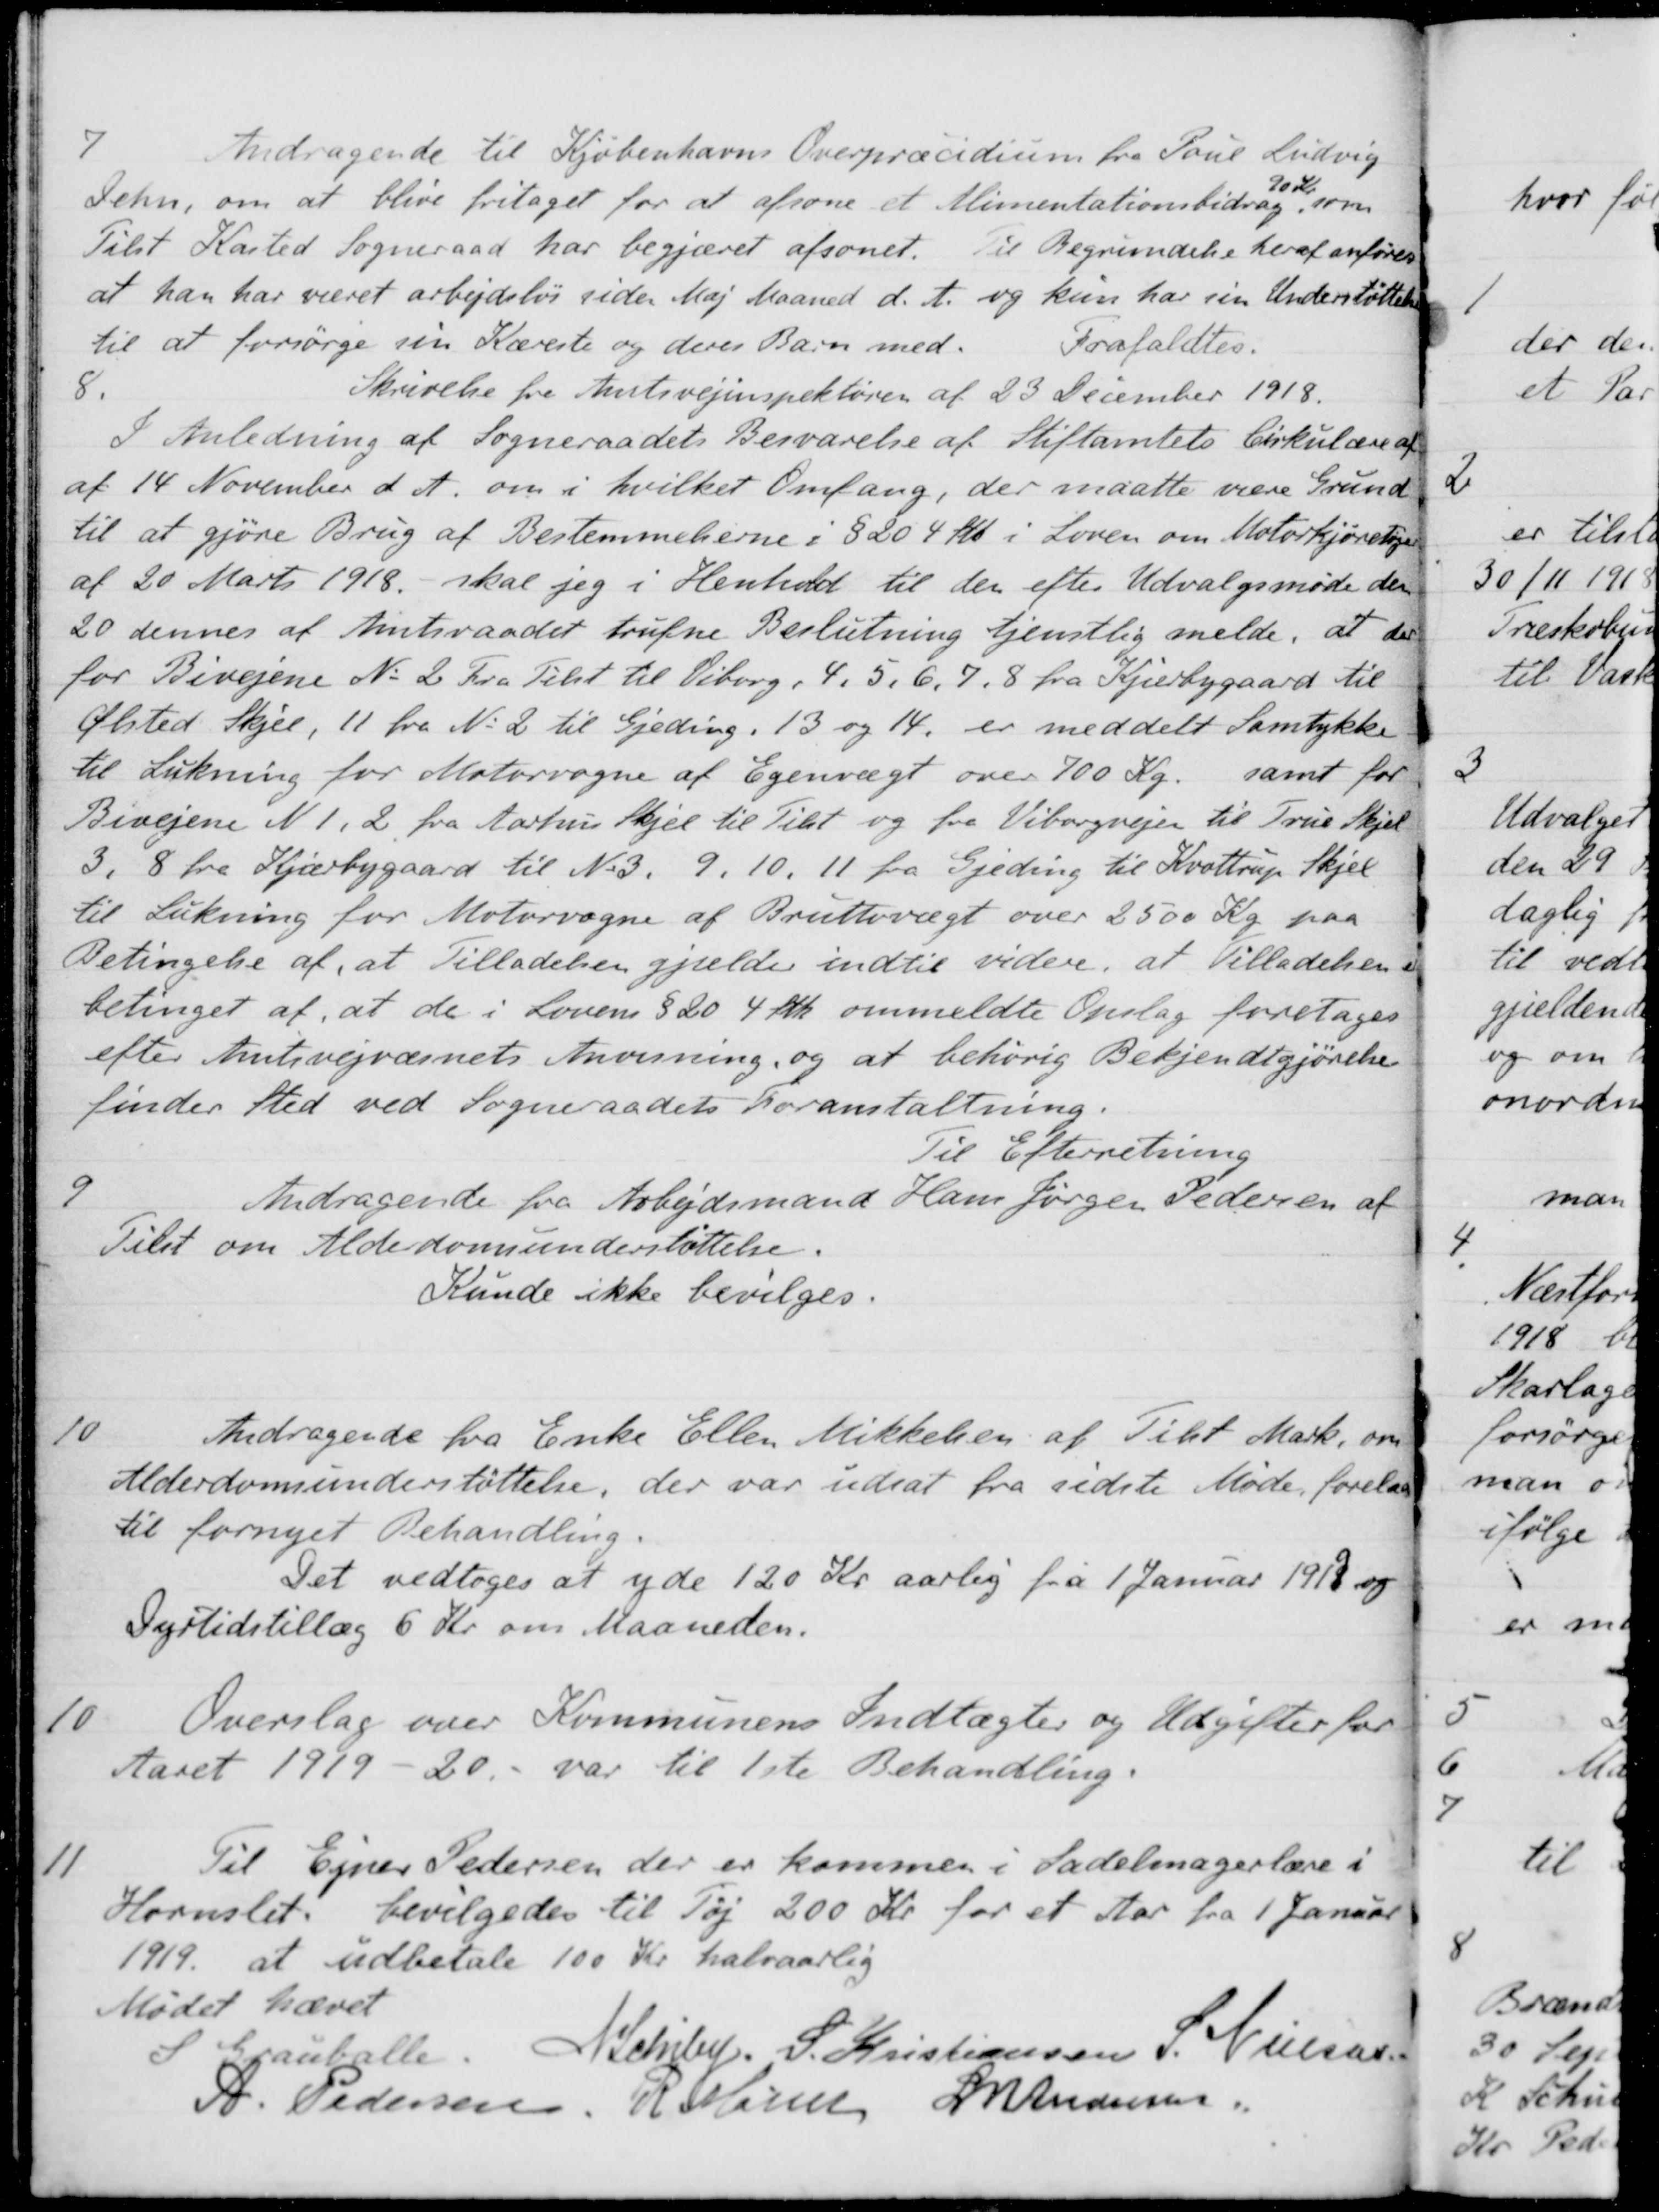
Transskription:
7
Andragende til Kjøbenhavns Overpræcidium fra Poul Ludvig
Iehn, om at blive fritaget for at afsone et Alimentationsbidrag
90 Kr.
som
Tilst Kasted Sogneraad har begjæret afsonet. til Begrundelse heraf anføres
at han har været arbejdsløs sider Maj Maaned d. A. og kun har sin Understøttelse
til at forsørge sin Kæreste og deres Barn med.
Frafaldtes.
8.
Skrivelse fra Amtsvejinspektøren af 23 December 1918.
I Anledning af Sogneraadets Besvarelse af Stiftamtets Cirkulære af
af 14 November d. A. om i hvilket Omfang, der maatte være Grund
til at gjøre Brug af Bestemmelserne i § 20 4 stk. i Loven om Motorkjøretøjer
af 20 Marts 1918, skal jeg i Henhold til der efter Udvalgsmøde den
20 dennes af Amtsraadet trufne Beslutning tjenstlig melde, at der
for Bivejene No 2 Fra Tilst til Viborg , 4, 5, 6, 7, 8 fra Kjærbygaard til
Ølsted Skjel, 11 fra No 2 til Gjeding. 13 og 14, er meddelt Samtykke
til Lukning for Motorvogne af Egenvægt over 700 Kr
samt for
Bivejene N 1, 2 fra Aarhus Skjel til Tilst og fra Viborgvejen til True Skjel
3, 8 fra Kjærbygaard til No 3. 9, 10, 11 fra Gjeding til Kvottrup Skjel
til Lukning for Motorvogne af Bruttevægt over 2500 Kr paa
Betingelse af, at Tilladelsen gjælder indtil videre, at Tilladelsen
betinget af, at de i Lovens § 20 4 Stk. ommeldte Opslag foretages
efter Amtsvejvæsnets Anvisning og at behørig Bekjendtgjørelse
finder Sted ved Sogneraadets Foranstaltning.
Til Efterretning
9
Andragende fra Arbejdsmand Hans Jørgen Pedersen af
Tilst om Alderdomsunderstøttelse.
Kunde ikke bevilges.
10
Andragende fra Enke Ellen Mikkelsen af Tilst Mark, om
Alderdomsunderstøttelse, der var udsat fra sidste Møde forelaa
til fornyet Behandling.
Det vedtoges at yde 120 Kr aarlig fra 1 Januar 1919 og
Dyrtidstillæg 6 Kr om Maaneden.
10
Overslag over Kommunens Indtægter og Udgifter for
Aaret 1919-20 var til 1ste Behandling.
11
Til Ejner Pedersen der er kommen i Sadelmagerlære i
Hornslet bevilgedes til Tøj 200 Kr for et Aar fra 1 Januar
1919 at udbetale 100 Kr. halvaarlig
Mødet hævet
S Grauballe.
N Schiby.
S. Kristiansen
S. Nielsen
A. Pedersen,
R. Møller
L M Andersen